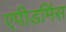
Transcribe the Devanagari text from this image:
एपीडर्मिस